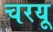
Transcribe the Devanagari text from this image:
चरयू